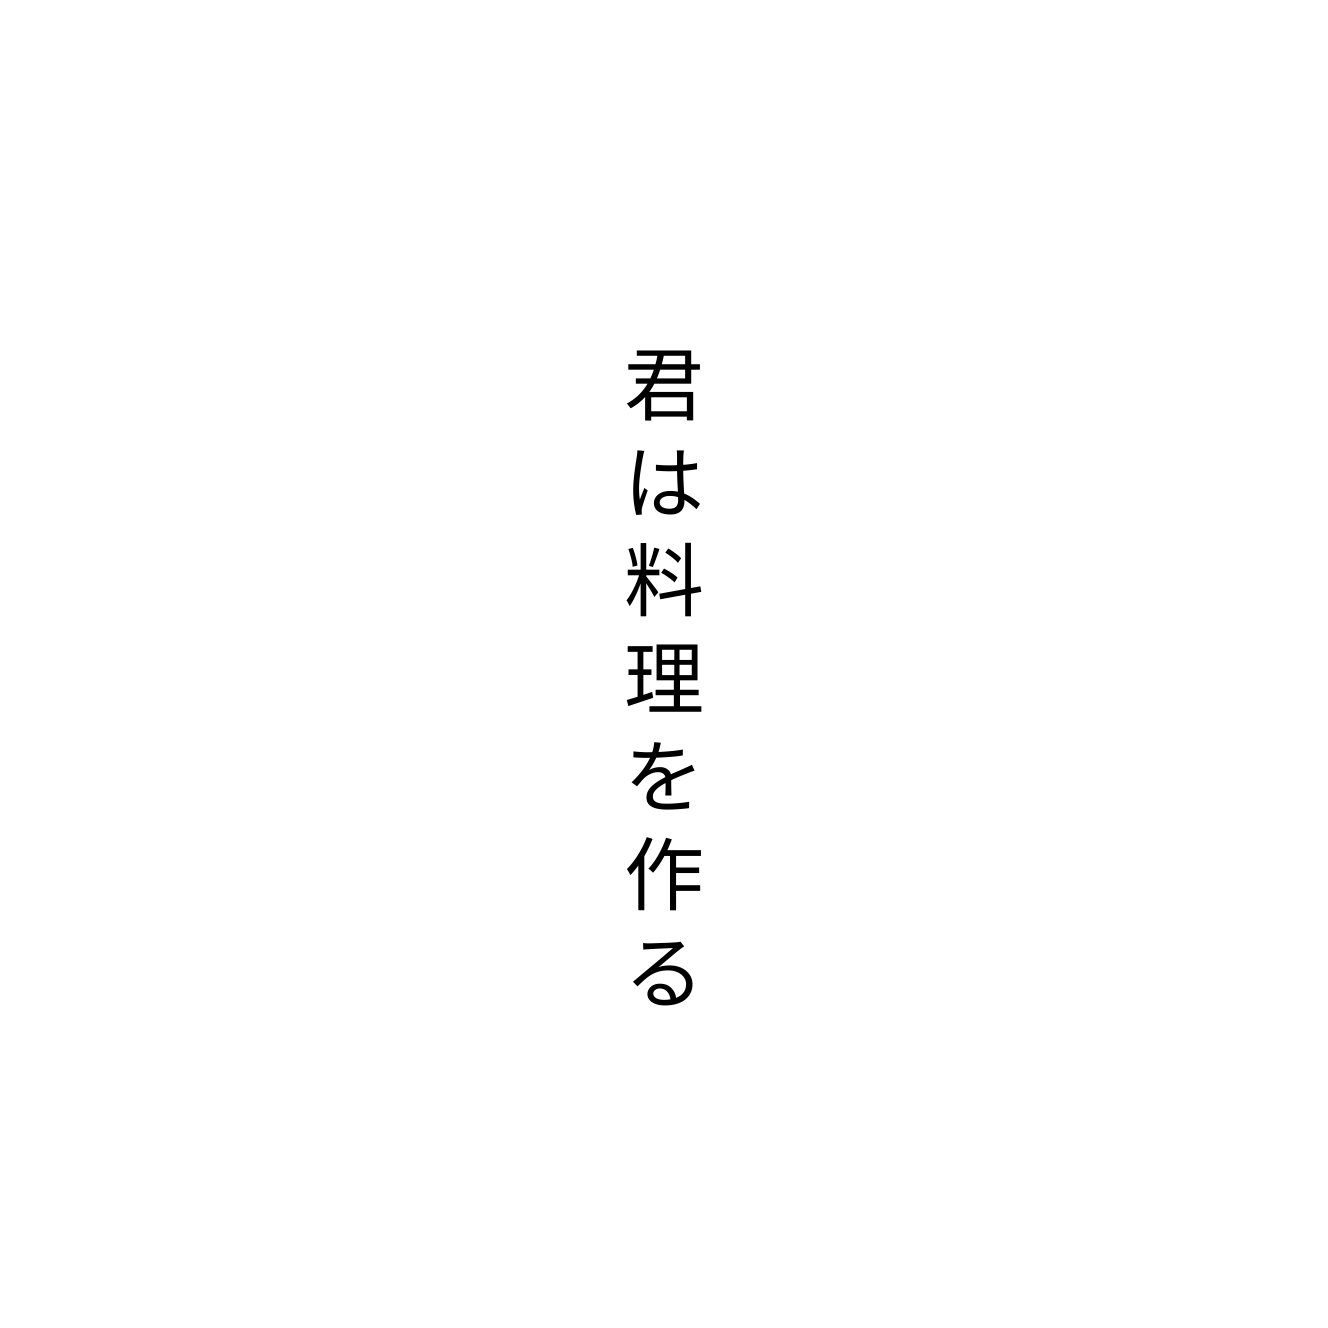
君は料理を作る